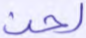
لحن